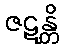
ဇဋန္တိ